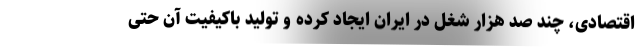
اقتصادی، چند صد هزار شغل در ایران ایجاد کرده و تولید باکیفیت آن حتی